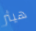
هيثر